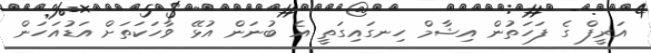
އަރީފް ގެ ފަހަތުން އިޝާމް ހިނގައިގަތީ އެ ބުނަން އުޅޭ ވާހަކަތަށް އަޑުއަހަން